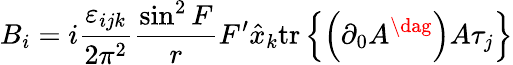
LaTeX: B_{i}=i\frac{\varepsilon_{ijk}}{2\pi^{2}}\frac{\sin^{2}F}{r}F^{\prime}\hat{x}_{k}\mathrm{tr}\left\{ \left(\partial_{0}A^{\dag}\right)A\tau_{j}\right\}